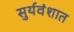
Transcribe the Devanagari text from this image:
सुर्यवंशात